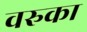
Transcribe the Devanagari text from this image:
वरुका